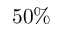
5 0 \%